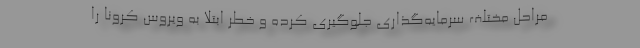
مراحل مختلف سرمایه‌گذاری جلوگیری کرده و خطر ابتلا به ویروس کرونا را